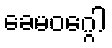
ခေမဝဂ္ဂေါ